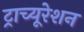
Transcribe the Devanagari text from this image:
ट्राच्यूरेशन